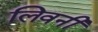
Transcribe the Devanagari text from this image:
लिवनी